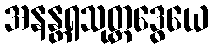
အနန္တရသုတ္တဒွေယေ